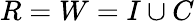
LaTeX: R=W=I\cup C